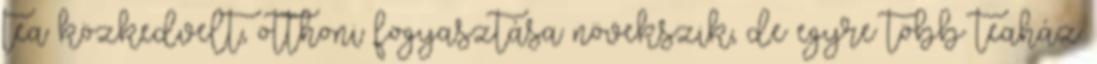
tea közkedvelt, otthoni fogyasztása növekszik, de egyre több teaház